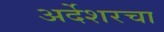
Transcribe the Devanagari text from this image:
अर्देशरचा